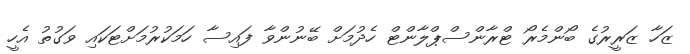
ޒަހާ ޒަރީރުގެ ބޯންމެރޯ ޓްރާންސްޕްލާންޓް ހެދުމަށް ބޭނުންވާ ފައިސާ ހަމަކުރުމަށްޓަކައި ވަގުތު އެހީ